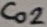
Text: Co2